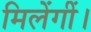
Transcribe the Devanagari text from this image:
मिलेंगीं।